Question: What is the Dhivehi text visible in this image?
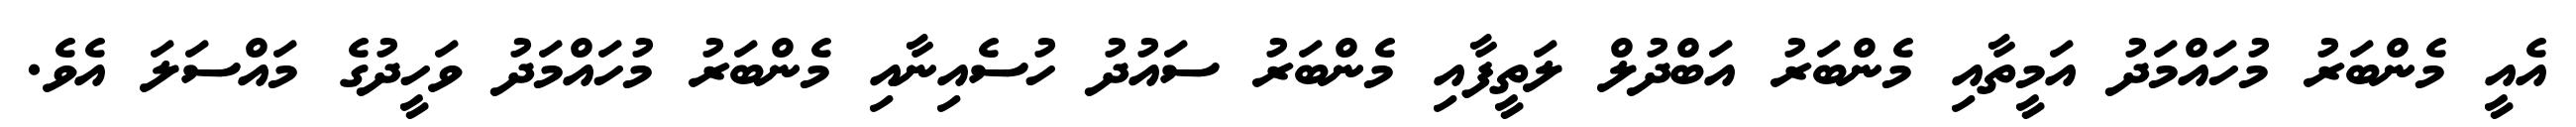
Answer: އެއީ މެންބަރު މުހައްމަދު އަމީތާއި މެންބަރު އަބްދުލް ލަތީފާއި މެންބަރު ސައުދު ހުސެއިނާއި މެންބަރު މުހައްމަދު ވަހީދުގެ މައްސަލަ އެވެ.